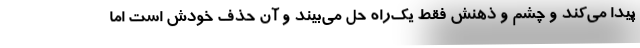
پیدا می‌کند و چشم و ذهنش فقط یک‌راه حل می‌بیند و آن حذف خودش است اما